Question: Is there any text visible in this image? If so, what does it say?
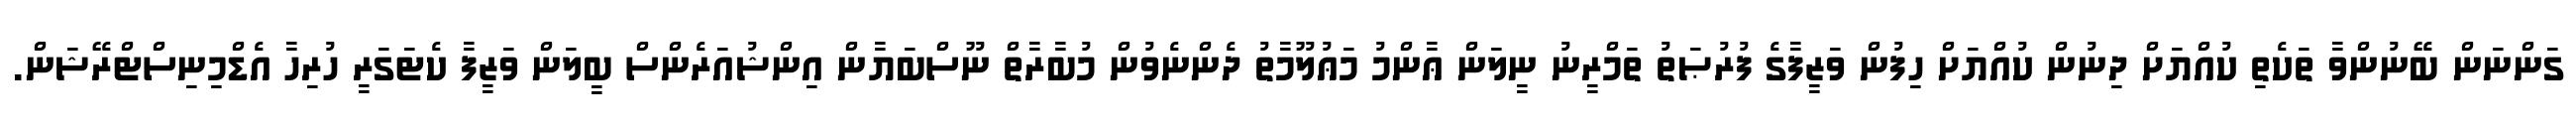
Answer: ގަންނަން ބޭނުންވާ ތަކެތި ކުއްޔަށް ދިނުން ކުއްޔަށް ހިފުން ވަޒީފާގެ ފުރުޞަތު ތަމްރީނު ނީލަން ޢާންމު މަޢުލޫމާތު ދެންނެވުން މުބާރާތް ނޫސްބަޔާން އިންޝުއަރެންސް ބީލަން ވަޒީފާ ކެޓަގަރީ ހުރިހާ އެޑްމިނިސްޓްރޭޝަން.